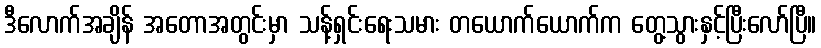
ဒီလောက်အချိန် အတောအတွင်းမှာ သန့်ရှင်းရေးသမား တယောက်ယောက်က တွေ့သွားနှင့်ပြီးလော်ပြီ။